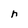
Character: n